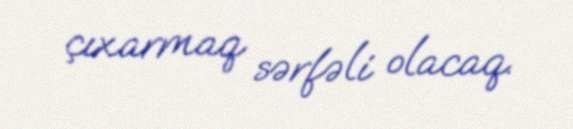
çıxarmaq sərfəli olacaq.